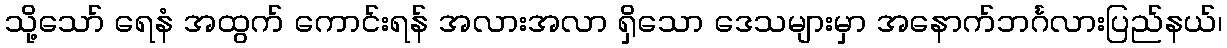
သို့သော် ရေနံ အထွက် ကောင်းရန် အလားအလာ ရှိသော ဒေသများမှာ အနောက်ဘင်္ဂလားပြည်နယ်၊